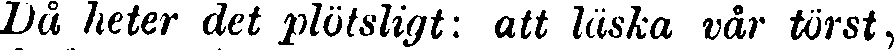
Då heter det plötsligt: att läska vår törst,